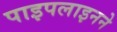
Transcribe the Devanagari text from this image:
पाइपलाइनने